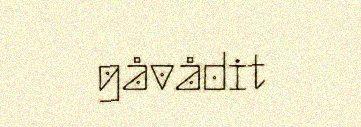
gåvådit